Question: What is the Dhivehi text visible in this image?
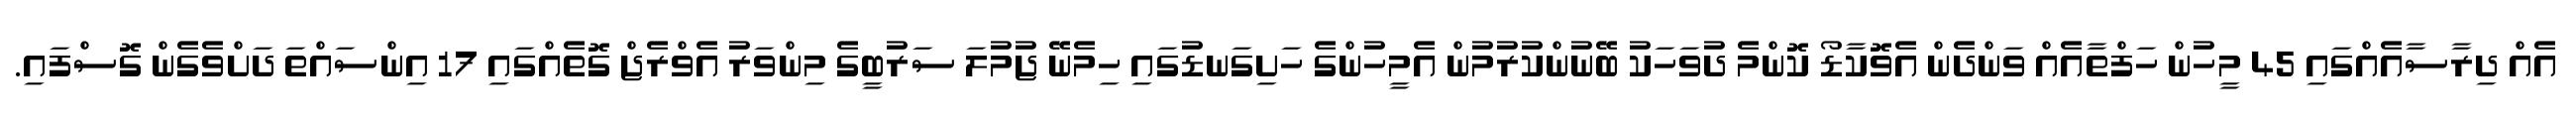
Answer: އެއް ދިރާސާއެއްގައި 45 މީހުން ހަފްތާއެއް ވަންދެން އެވޮކާޑޯ ކޮންމެ ދުވަހަކު ބޭނުންކުރުމުން އެމީހުންގެ ހަށިގަނޑުގައި ހިމެނޭ ޖުމުލަ ސަރުބީގެ މިންވަރު އެވްރެޖް ގޮތެއްގައި 17 އިންސައްތަ ދަށްވެގެން ގޮސްފައި.